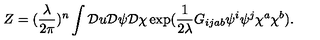
Z = ( \frac { \lambda } { 2 \pi } ) ^ { n } \displaystyle \int { \cal D } u { \cal D } \psi { \cal D } \chi \exp ( \frac { 1 } { 2 \lambda } G _ { i j a b } \psi ^ { i } \psi ^ { j } \chi ^ { a } \chi ^ { b } ) .